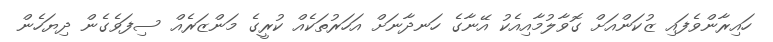
ހައިރާންވެފައި ޒުކަންއަށް ގޮވާލުމާއިއެކު އޭނާގެ ހަނދާނަށް އަހަރުތަކެއް ކުރީގެ މަންޒަރެއް ސިފަވެގެން ދިޔަހެން